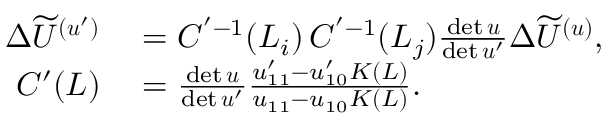
\begin{array} { r l } { \Delta \widetilde U ^ { ( \boldsymbol { u } ^ { \prime } ) } } & { { } = C ^ { ' - 1 } ( L _ { i } ) \, C ^ { ' - 1 } ( L _ { j } ) \frac { \mathrm { d e t } \, \boldsymbol { u } } { \mathrm { d e t } \, \boldsymbol { u } ^ { \prime } } \Delta \widetilde U ^ { ( \boldsymbol { u } ) } , } \\ { C ^ { \prime } ( L ) } & { { } = \frac { \mathrm { d e t } \, \boldsymbol { u } } { \mathrm { d e t } \, \boldsymbol { u } ^ { \prime } } \frac { u _ { 1 1 } ^ { \prime } - u _ { 1 0 } ^ { \prime } K ( L ) } { u _ { 1 1 } - u _ { 1 0 } K ( L ) } . } \end{array}